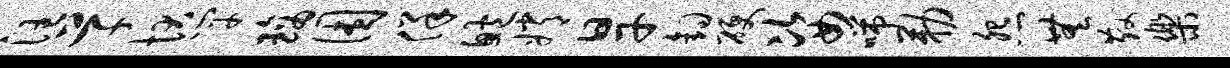
汪草状竿璃困佯鲍嫦旱钩硬姿喘勒怨无散乐